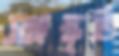
সাংস্কৃতি